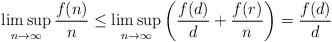
LaTeX: \begin{align*}\limsup_{n\rightarrow \infty} \frac{f(n)}{n} \leq \limsup_{n\rightarrow \infty} \left( \frac{f(d)}{d} + \frac{f(r)}{n} \right) = \frac{f(d)}{d} \end{align*}